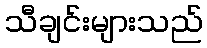
သီချင်းများသည်